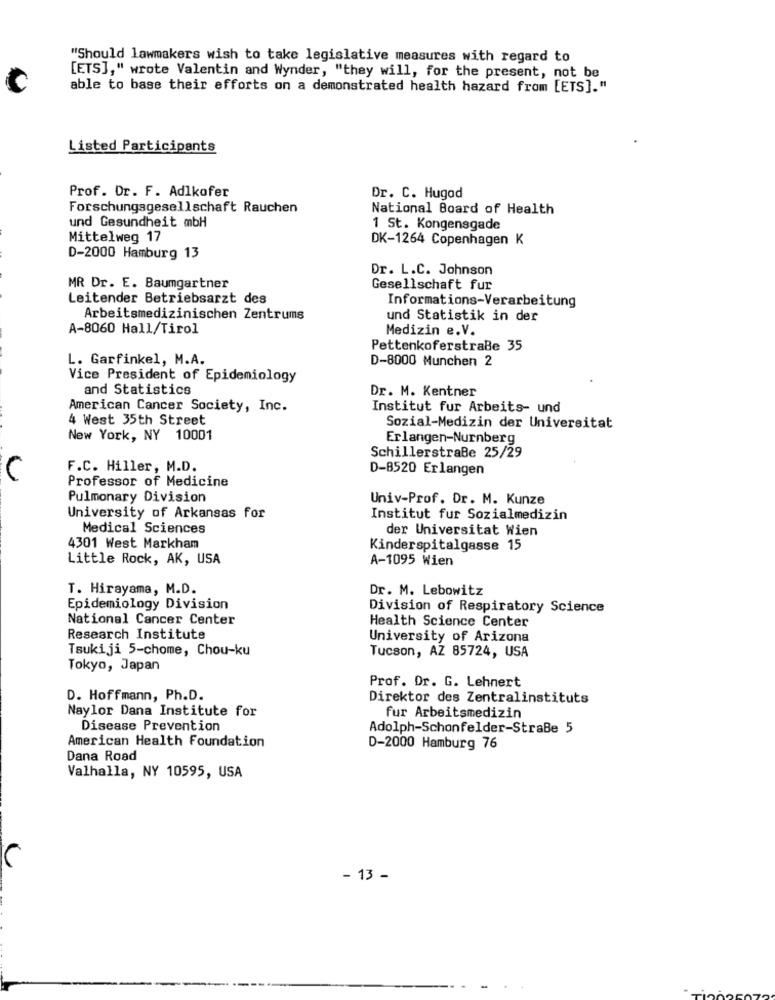
"Should lawmakers wish to take legislative measures with regard to
[ETS]," wrote Valentin and Wynder, "they will, for the present, not be
able to base their efforts on a demonstrated health hazard from [ETS]."
Listed Participants
Prof. Dr. F. Adlkofer
Dr. C. Hugad
Forschungsgesellschaft Rauchen
National Board of Health
und Gesundheit mbH
1 St. Kongensgade
Mittelweg 17
DK-1264 Copenhagen K
D-2000 Hamburg 13
Dr. L.C. Johnson
MR Dr. E. Baumgartner
Gesellschaft fur
Leitender Betriebsarzt des
Informations-Verarbeitung
Arbeitsmedizinischen Zentrums
und Statistik in der
A-8060 Hall/Tirol
Medizin e.V.
Pettenkoferstraße 35
L. Garfinkel, M.A.
D-8000 Munchen 2
Vice President of Epidemiology
and Statistics
Dr. M. Kentner
American Cancer Society, Inc.
Institut fur Arbeits- und
4 West 35th Street
Sozial-Medizin der Universitat
New York, NY 10001
Erlangen-Nurnberg
Schillerstraße 25/29
F.C. Hiller, M.D.
D-8520 Erlangen
Professor of Medicine
Pulmonary Division
Univ-Prof. Dr. M. Kunze
University of Arkansas for
Institut fur Sozialmedizin
Medical Sciences
der Universitat Wien
4301 West Markham
Kinderspitalgasse 15
Little Rock, AK, USA
A-1095 Wien
T. Hirayama, M.D.
Dr. M. Lebowitz
Epidemiology Division
Division of Respiratory Science
National Cancer Center
Health Science Center
Research Institute
University of Arizona
Tsukiji 5-chome, Chou-ku
Tucson, AZ 85724, USA
Tokyo, Japan
Prof. Dr. G. Lehnert
D. Hoffmann, Ph.D.
Direktor des Zentralinstituts
Naylor Dana Institute for
fur Arbeitsmedizin
Disease Prevention
Adolph-Schonfelder-StraBe 5
American Health Foundation
D-2000 Hamburg 76
Dana Road
Valhalla, NY 10595, USA
- 13 -